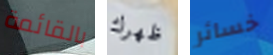
بالقائمة ظهرك خسائر